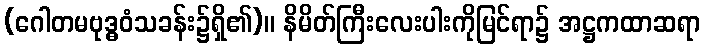
(ဂေါတမဗုဒ္ဓဝံသခန်း၌ရှိ၏)။ နိမိတ်ကြီးလေးပါးကိုမြင်ရာ၌ အဋ္ဌကထာဆရာ